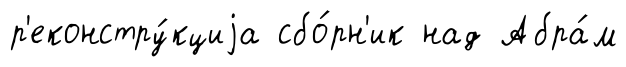
р'еконстру́кциjа сбо́рн'ик над Абра́м